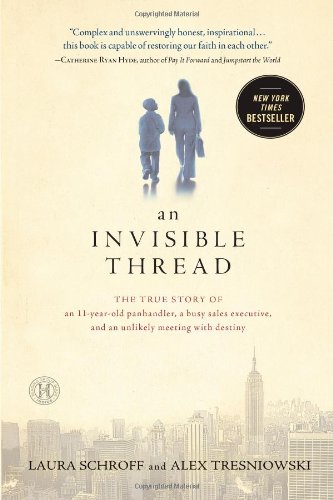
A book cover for An Invisible Thread: The True Story of an 11-Year-Old Panhandler, a Busy Sales Executive, and an Unlikely Meeting with Destiny; Laura Schroff; Self-Help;